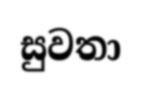
සුවතා